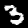
Digit: 3